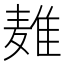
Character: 𱋜